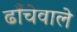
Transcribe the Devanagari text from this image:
ढाँचेवाले